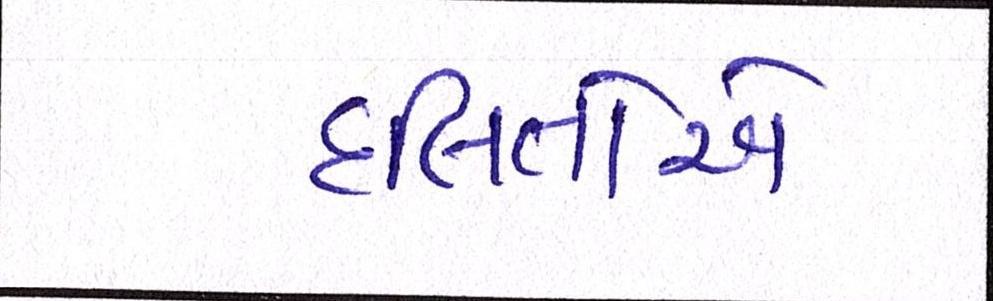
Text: દલિતોએ